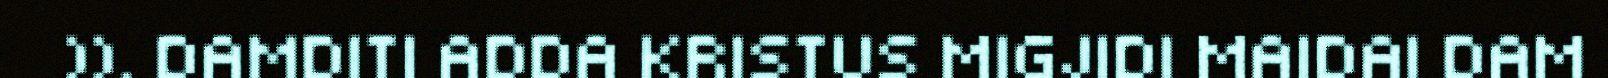
)). DAMDITI ADDA KRISTUS MIGJIDI MAIDAI DAM